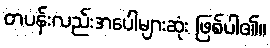
တပန်းလည်းအပေါများဆုံး ဖြစ်ပါ၏။